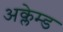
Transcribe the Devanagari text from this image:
अक्लेम्ड